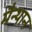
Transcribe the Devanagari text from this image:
मैन्थान